Civil Veterinary Department Bengal reports 1933-51 - 1933-1951
Year: 1933
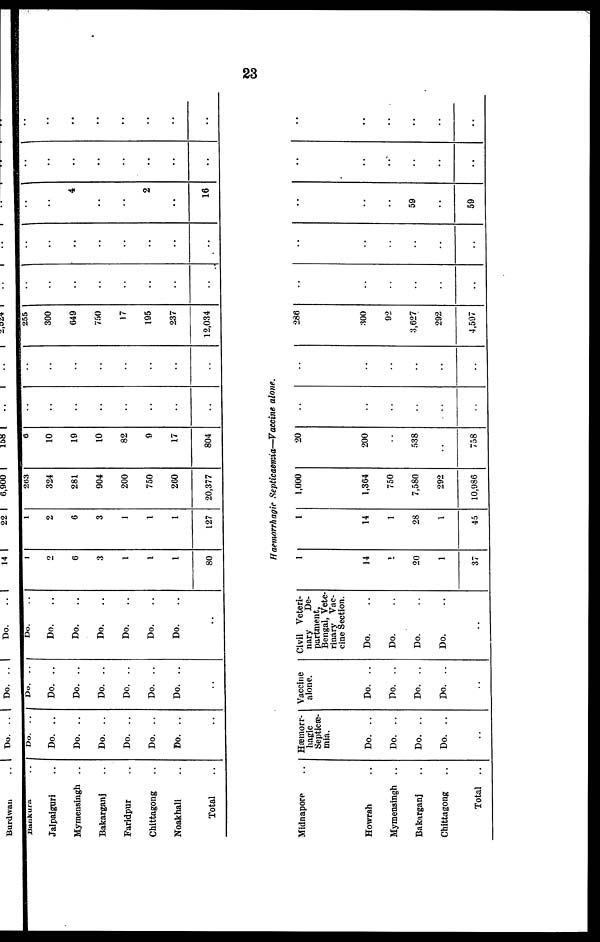
23
Bunkura ..
Jalpaiguri ..
Mymensingh ..
Bakarganj ..
Faridpur ..
Chittagong ..
Noakhali ..
Total ..
Do.
..
Do. ..
Do. ..
Do. ..
Do. ..
Do. ..
Do. ..
..
Do.
..
Do. ..
Do. ..
Do. ..
Do. ..
Do. ..
Do. ..
..
Do. ..
Do. ..
Do. ..
Do. ..
Do. ..
Do. ..
Do. ..
..
2
6
3
1
1
1
80
1
2
6
3
1
1
1
127
263
324
281
904
200
750
260
20,377
6
10
19
10
82
9
17
804
..
..
..
..
..
..
..
..
..
..
..
..
..
..
..
..
255
300
649
750
17
195
237
12,034
..
..
..
..
..
..
..
..
..
..
..
..
..
..
..
..
..
..
4
..
..
2
..
16
..
..
..
..
..
..
..
..
..
..
..
..
..
..
..
..
Haemorrhagic Septicaemia—Vaccine alone.
Midnapore ..
Howrah ..
Mymensingh ..
Bakarganj ..
Chittagong ..
Total ..
Hæmorr-
hagic
Septicæ-
mia.
Do. ..
Do. ..
Do. ..
Do. ..
Vaccine
alone.
Do. ..
Do. ..
Do. ..
Do. ..
..
Civil Veteri-
nary
De-
partment,
Bengal, Vete-
rinary Vac-
cine Section.
Do.
Do.
Do.
Do.
1
14
1
20
1
37
1
14
1
28
1
45
1,000
1,364
750
7,580
292
10,986
20
200
..
538
..
758
..
..
..
..
..
..
..
..
..
..
286
300
92
3,627
292
4,597
..
..
..
..
..
..
..
..
..
..
..
..
..
..
..
59
..
59
..
..
..
..
..
..
..
..
..
..
..
..